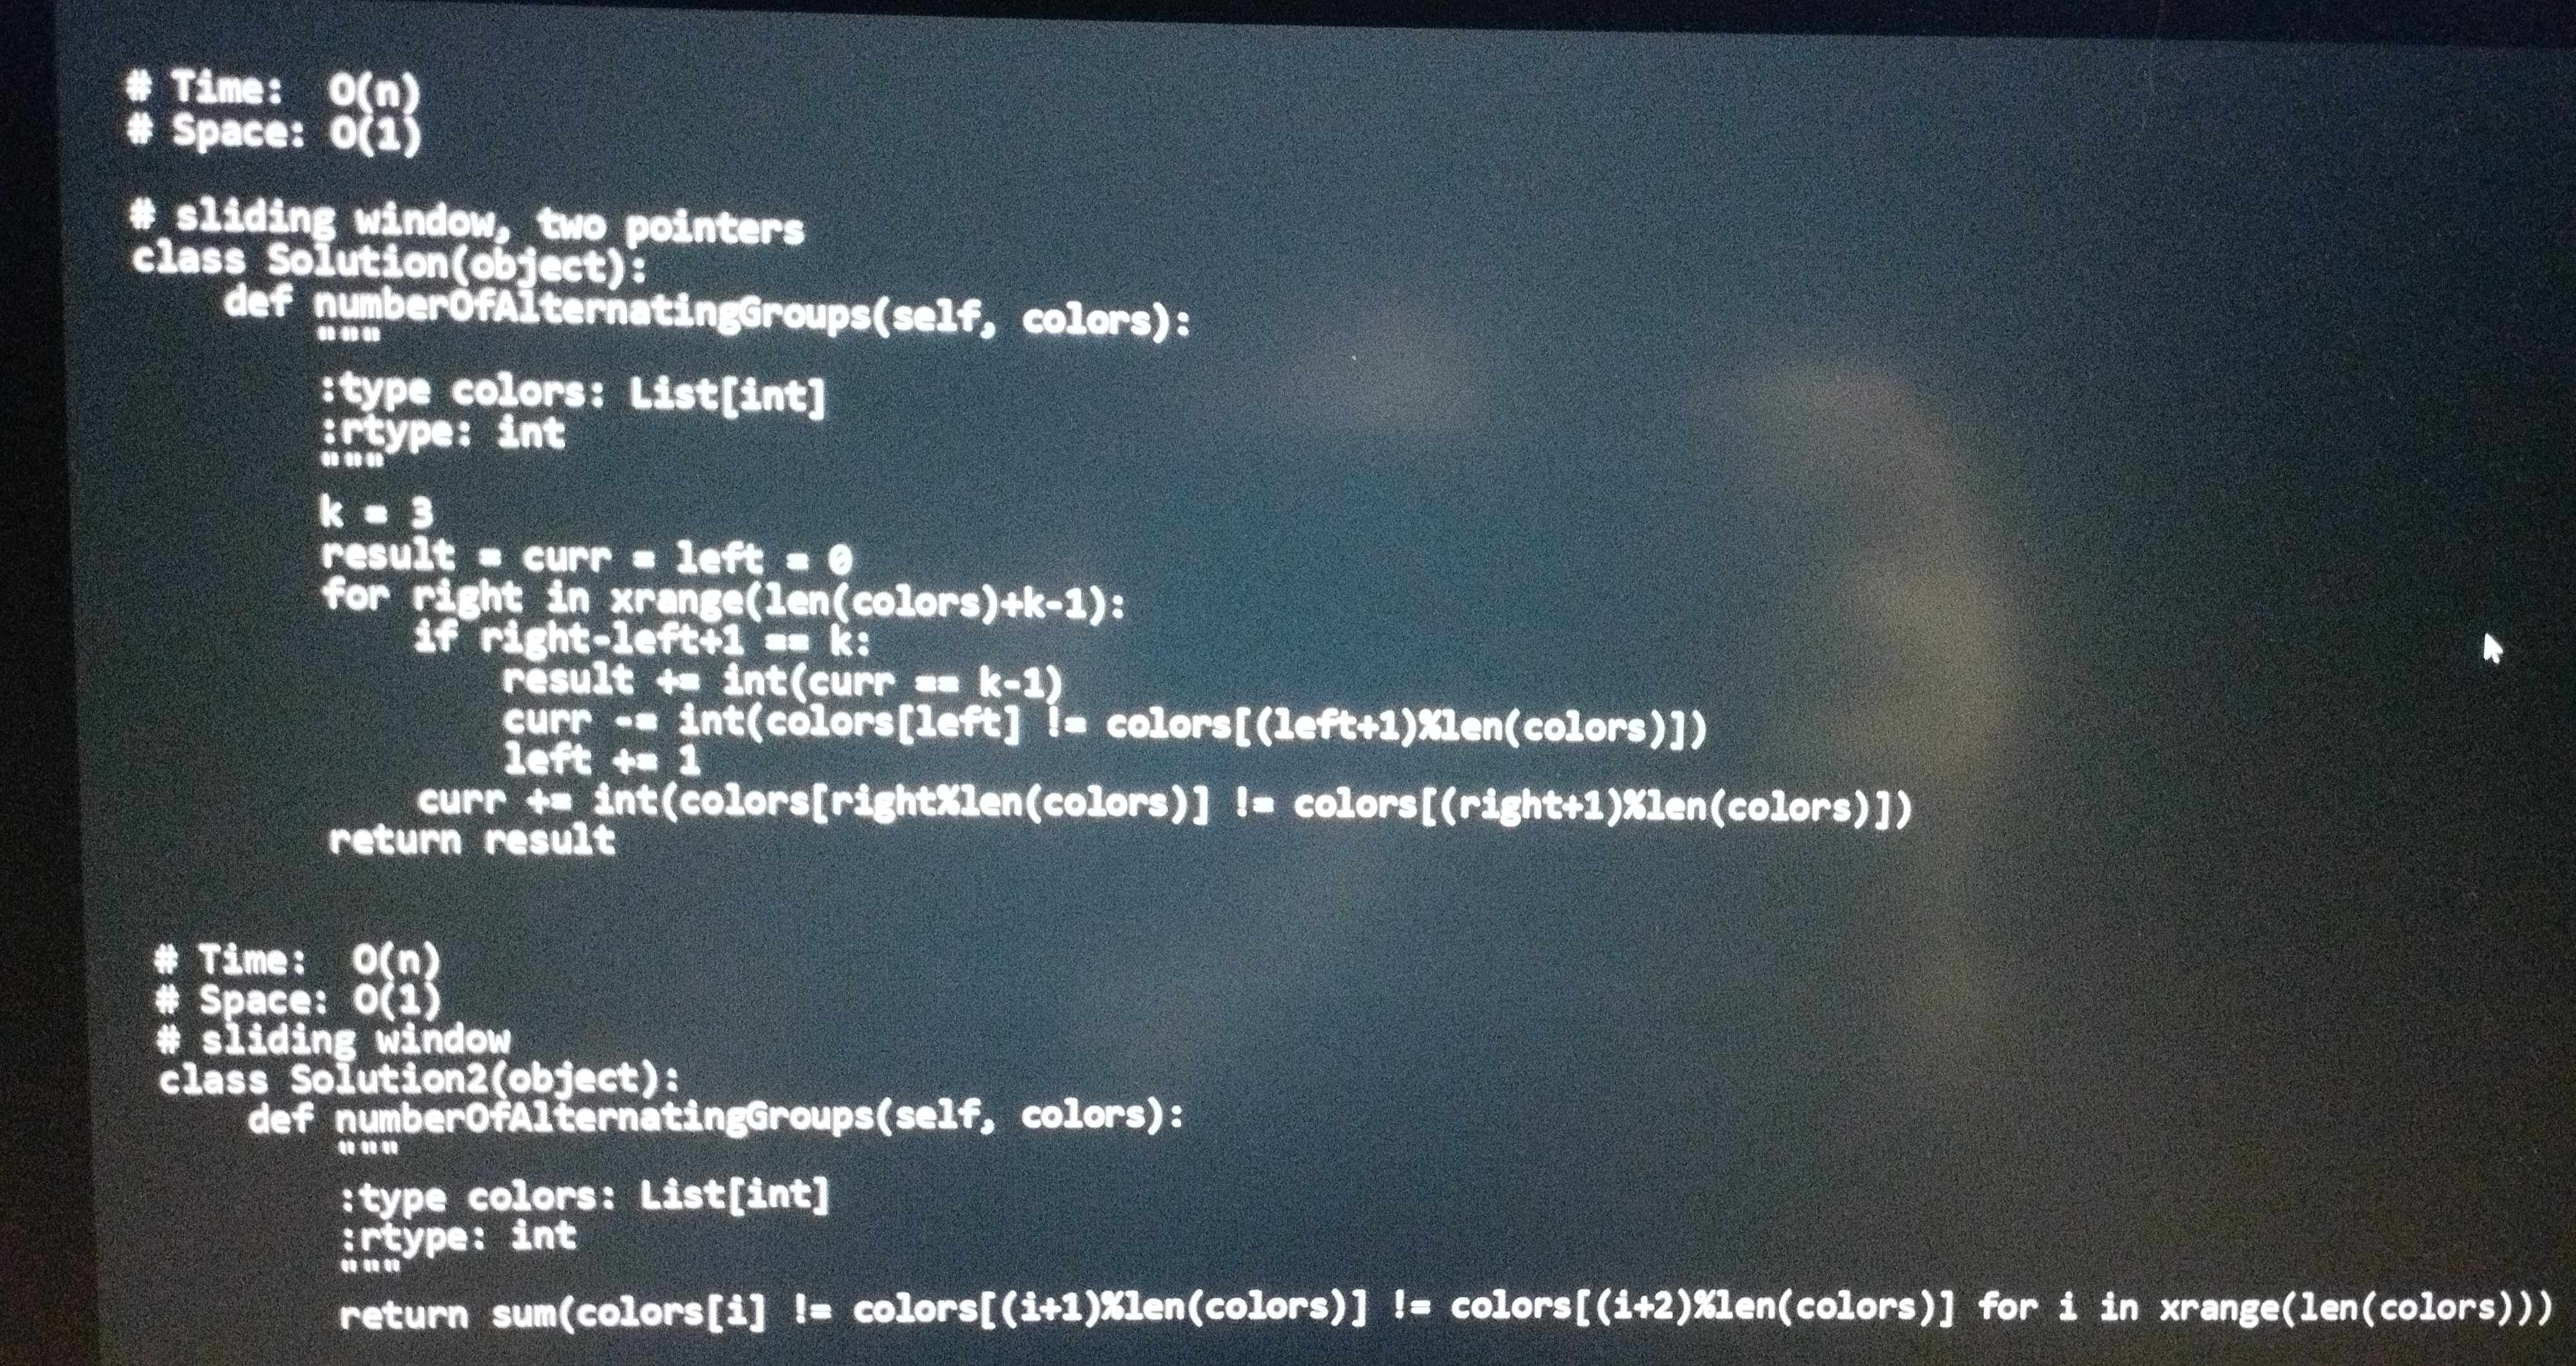
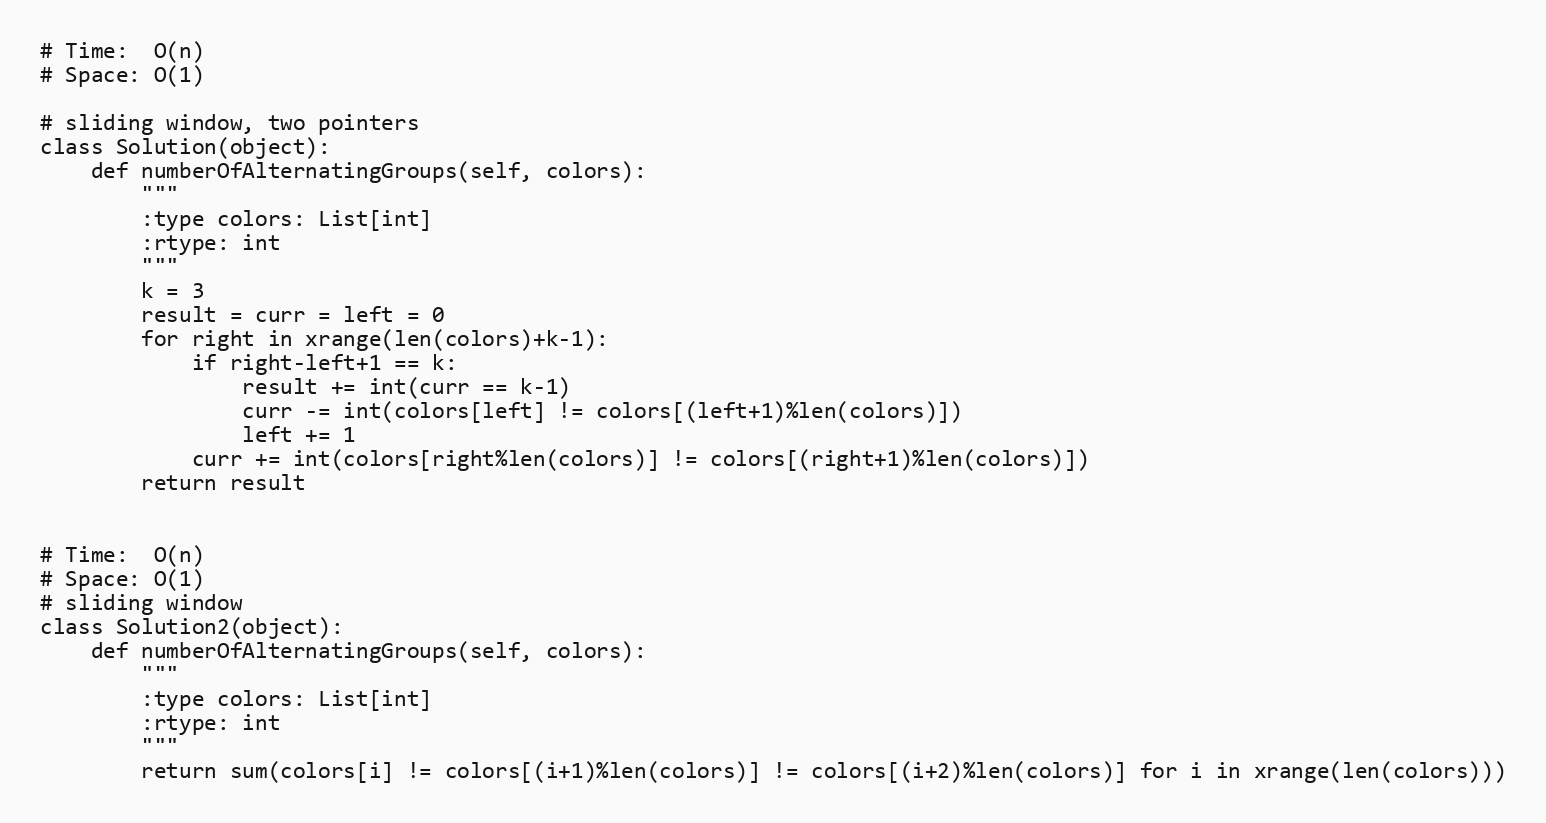
# Time:  O(n)
# Space: O(1)

# sliding window, two pointers
class Solution(object):
    def numberOfAlternatingGroups(self, colors):
        """
        :type colors: List[int]
        :rtype: int
        """
        k = 3
        result = curr = left = 0
        for right in xrange(len(colors)+k-1):
            if right-left+1 == k:
                result += int(curr == k-1)
                curr -= int(colors[left] != colors[(left+1)%len(colors)])
                left += 1
            curr += int(colors[right%len(colors)] != colors[(right+1)%len(colors)])
        return result

# Time:  O(n)
# Space: O(1)
# sliding window
class Solution2(object):
    def numberOfAlternatingGroups(self, colors):
        """
        :type colors: List[int]
        :rtype: int
        """
        return sum(colors[i] != colors[(i+1)%len(colors)] != colors[(i+2)%len(colors)] for i in xrange(len(colors)))